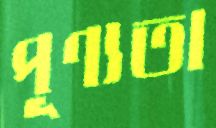
পূণ্যতা